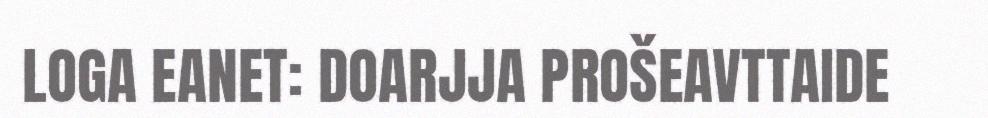
LOGA EANET: DOARJJA PROŠEAVTTAIDE